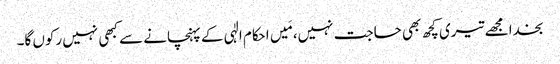
بخدا مجھے تیری کچھ بھی حاجت نہیں، مَیں احکام الٰہی کے پہنچانے سے کبھی نہیں رکوں گا۔